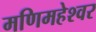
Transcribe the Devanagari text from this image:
मणिमहेश्‍वर